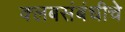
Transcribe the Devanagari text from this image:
क्लबसंबंधीचे